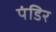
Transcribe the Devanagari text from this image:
पंडिर